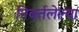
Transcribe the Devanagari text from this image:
निवर्तलेल्या